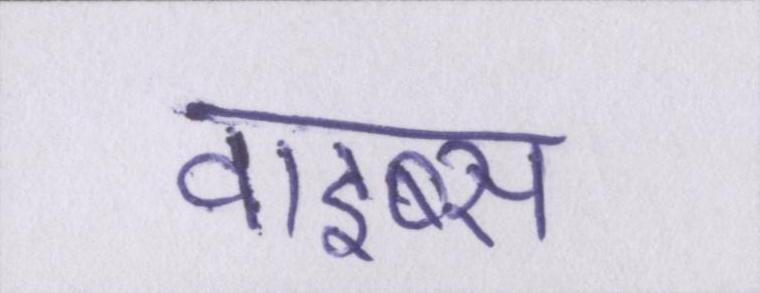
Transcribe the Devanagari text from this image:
वाइब्स